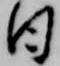
日